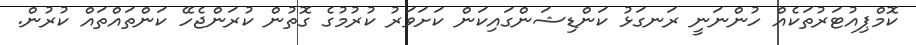
ކޮމްޕިއުޓަރުތަކެއް ހުންނަނީ ރަނގަޅު ކަންޑިޝަންގައިކަން ކަށަވަރު ކުރުމުގެ ގޮތުން ކުރަންޖެހޭ ކަންތައްތައް ކުރުން.